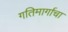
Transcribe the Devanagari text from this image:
गतिमार्गाचा